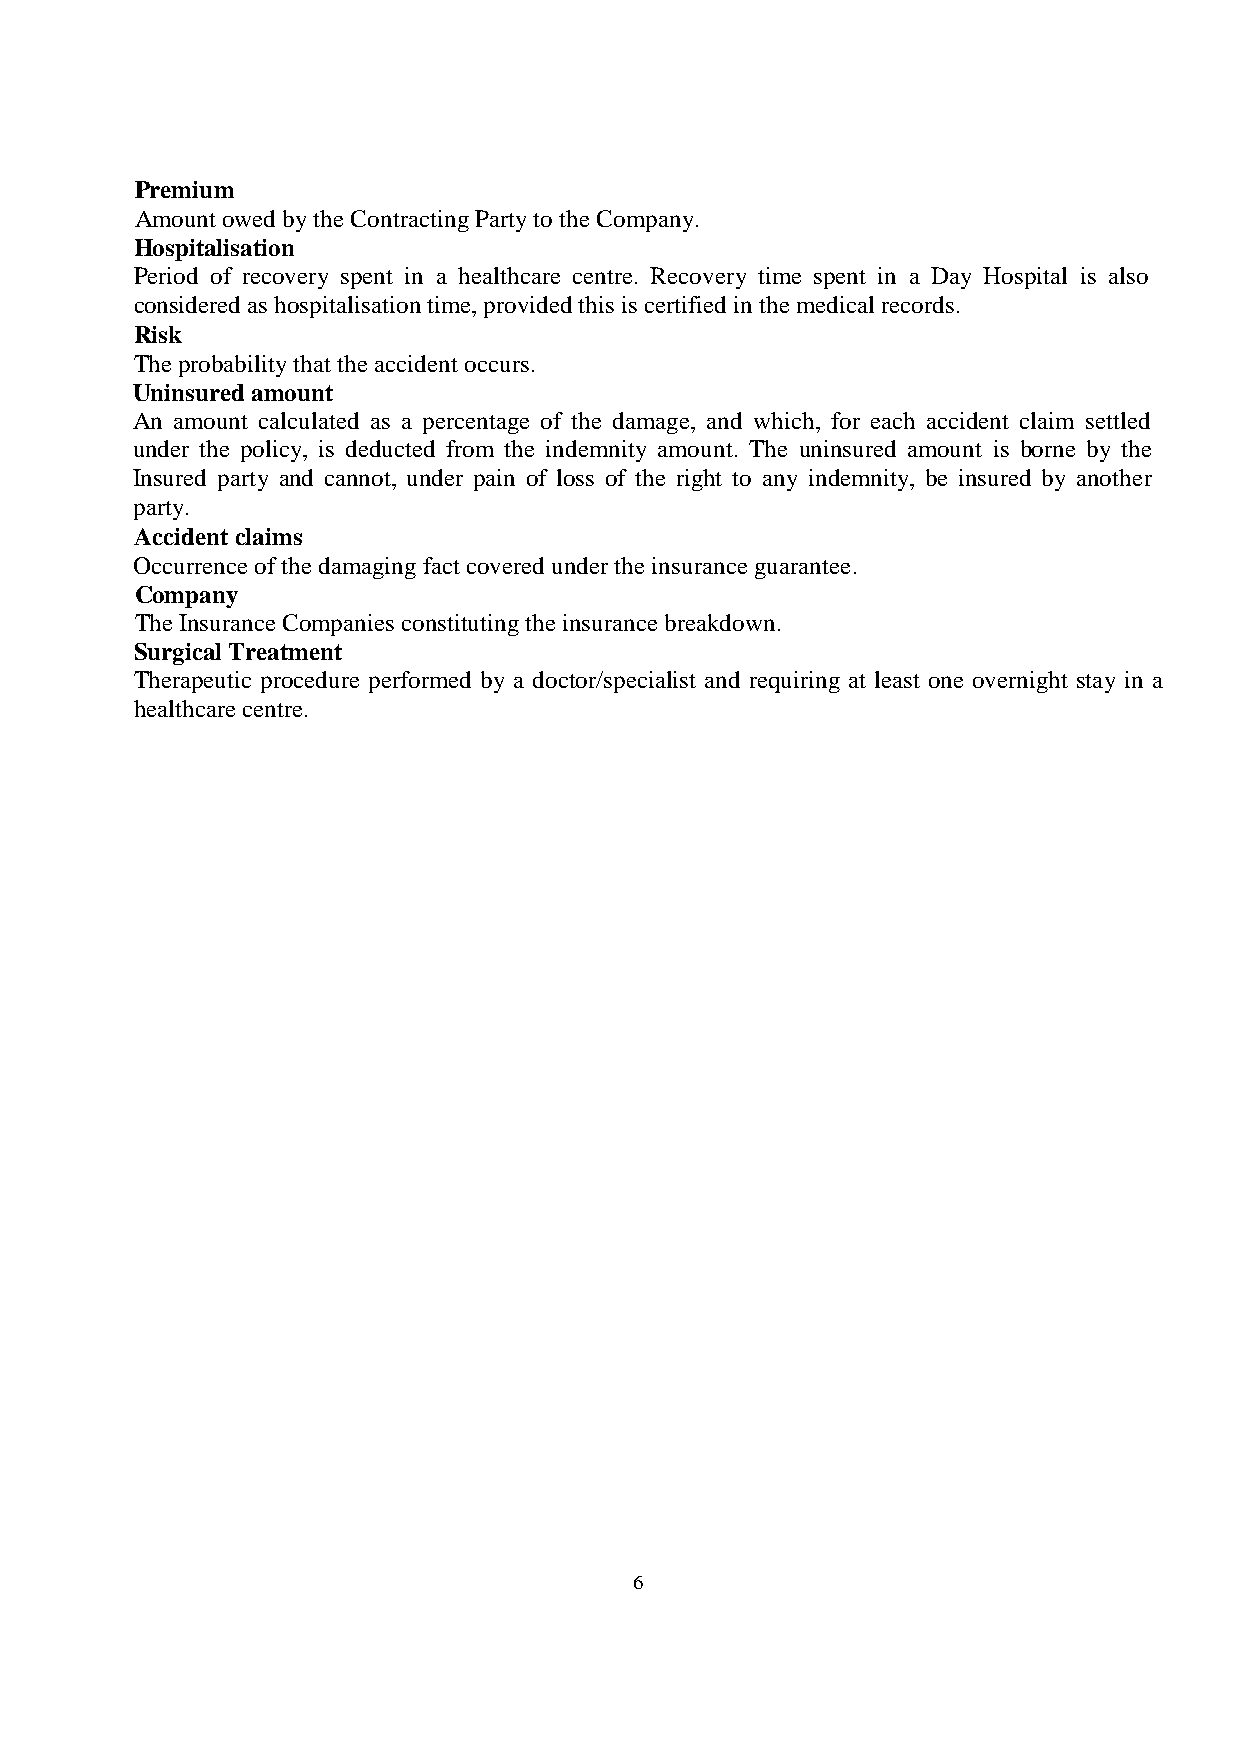
Premium
 Amount owed by the Contracting Party to the Company.
 Hospitalisation
 Period of recovery spent in a healthcare centre. Recovery time spent in a Day Hospital is also
 considered as hospitalisation time, provided this is certified in the medical records.
 Risk
 The probability that the accident occurs.
 Uninsured amount
 An amount calculated as a percentage of the damage, and which, for each accident claim settled
 under the policy, is deducted from the indemnity amount. The uninsured amount is borne by the
 Insured party and cannot, under pain of loss of the right to any indemnity, be insured by another
 party.
 Accident claims
 Occurrence of the damaging fact covered under the insurance guarantee.
 Company
 The Insurance Companies constituting the insurance breakdown.
 Surgical Treatment
 Therapeutic procedure performed by a doctor/specialist and requiring at least one overnight stay in a
 healthcare centre.
 6